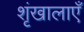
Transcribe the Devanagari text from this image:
शृंखालाएँ